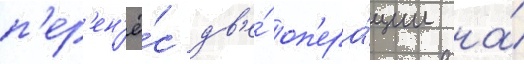
п'ер'ен'ё́с дв'е́ оп'ера́ции на́